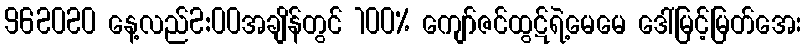
962020 နေ့လည်2:00အချိန်တွင် 100% ကျော်ဇင်ထွဋ်ရဲ့မေမေ ဒေါ်မြင့်မြတ်အေး